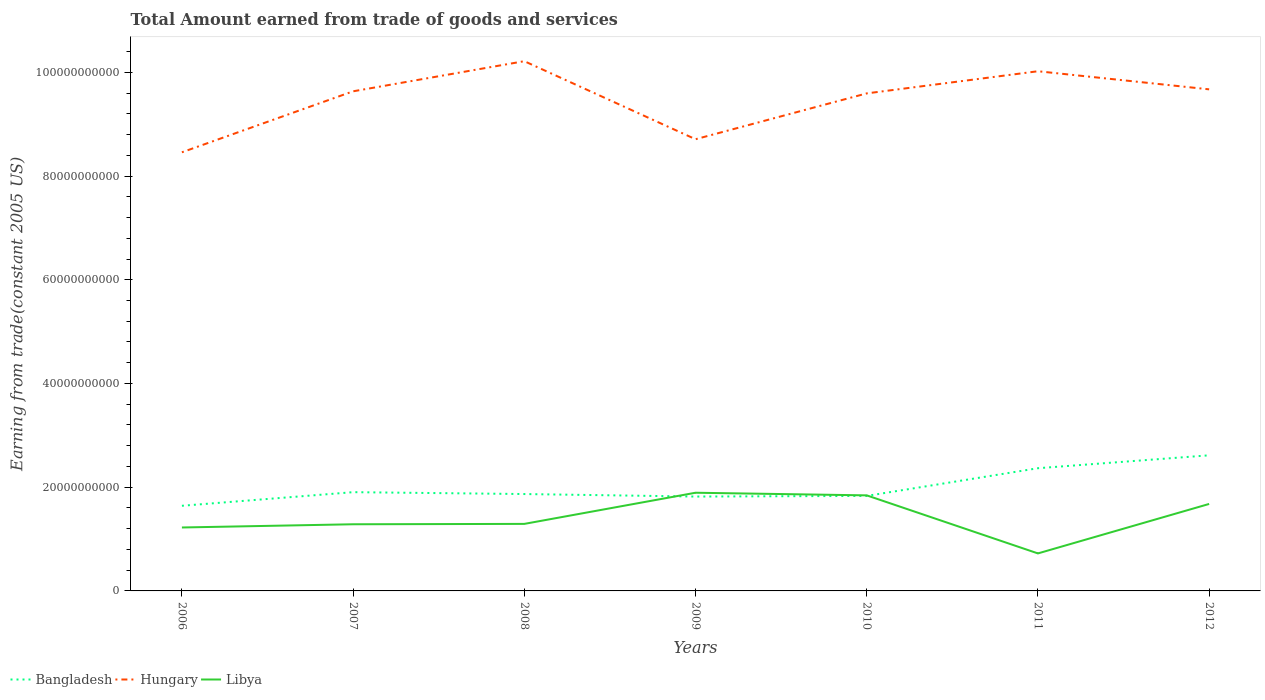
| Years | Bangladesh | Hungary | Libya |
 | --- | --- | --- | --- |
 | 2006 | 1.64e+10 | 8.46e+10 | 1.22e+10 |
 | 2007 | 1.9e+10 | 9.63e+10 | 1.29e+10 |
 | 2008 | 1.87e+10 | 1.02e+11 | 1.29e+10 |
 | 2009 | 1.82e+10 | 8.71e+10 | 1.89e+10 |
 | 2010 | 1.83e+10 | 9.59e+10 | 1.84e+10 |
 | 2011 | 2.37e+10 | 1e+11 | 7.23e+09 |
 | 2012 | 2.61e+10 | 9.67e+10 | 1.68e+10 |